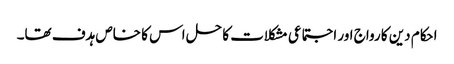
احکام دین کا رواج اور اجتماعی مشکلات کا حل اس کا خاص ہدف تھا۔